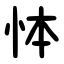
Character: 㤓